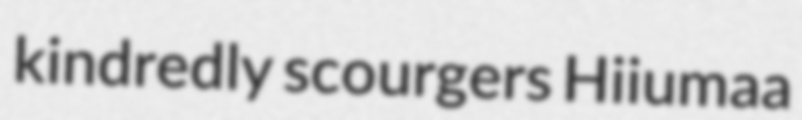
kindredly scourgers Hiiumaa